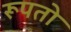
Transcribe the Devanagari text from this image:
रूपतो